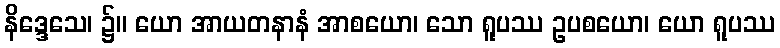
နိဒ္ဒေသေ၊ ၌။ ယော အာယတနာနံ အာစယော၊ သော ရူပဿ ဥပစယော၊ ယော ရူပဿ